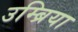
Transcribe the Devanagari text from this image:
उम्ब्रिया